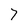
Character: 7